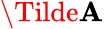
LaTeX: \Tilde{\mathbf{A}}